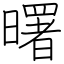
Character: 曙